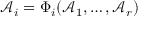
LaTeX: { \mathcal { A } } _ { i } = \Phi _ { i } ( { \mathcal { A } } _ { 1 } , \dots , { \mathcal { A } } _ { r } )